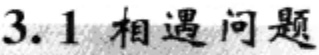
3.1 相遇问题